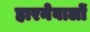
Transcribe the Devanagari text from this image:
हारनेवालों